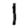
Digit: 1